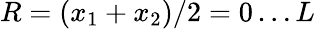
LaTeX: R=(x_{1}+x_{2})/2=0\ldots L